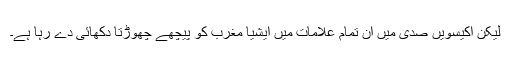
لیکن اکیسویں صدی میں ان تمام علامات میں ایشیا مغرب کو پیچھے چھوڑتا دکھائی دے رہا ہے۔